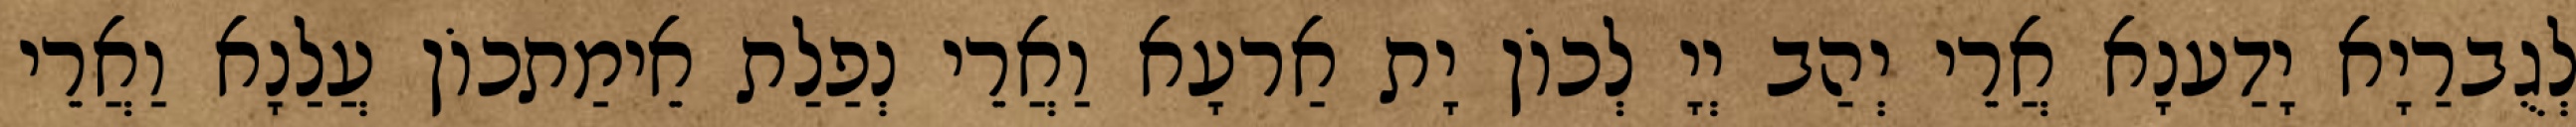
לְגֻברַיָא יָדַענָא אֲרֵי יְהַב יְיָ לְכוֹן יָת אַרעָא וַאֲרֵי נְפַלַת אֵימַתכוֹן עֲלַנָא וַאֲרֵי